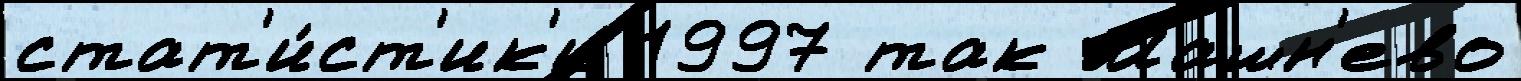
стат'и́ст'ик'и 1997 так Машн'ево